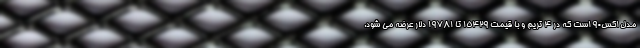
مدل اکس90 است که در 4 تریم و با قیمت 15429 تا 19781 دلار عرضه می شود.